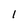
Character: 1